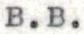
B.B.